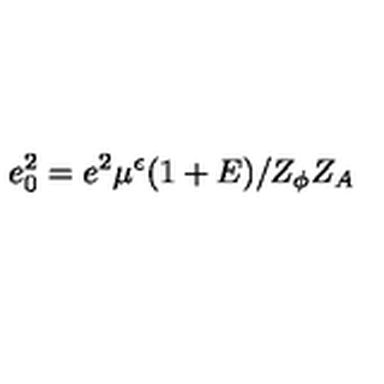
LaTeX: e _ { 0 } ^ { 2 } = e ^ { 2 } \mu ^ { \epsilon } ( 1 + E ) / Z _ { \phi } Z _ { A }